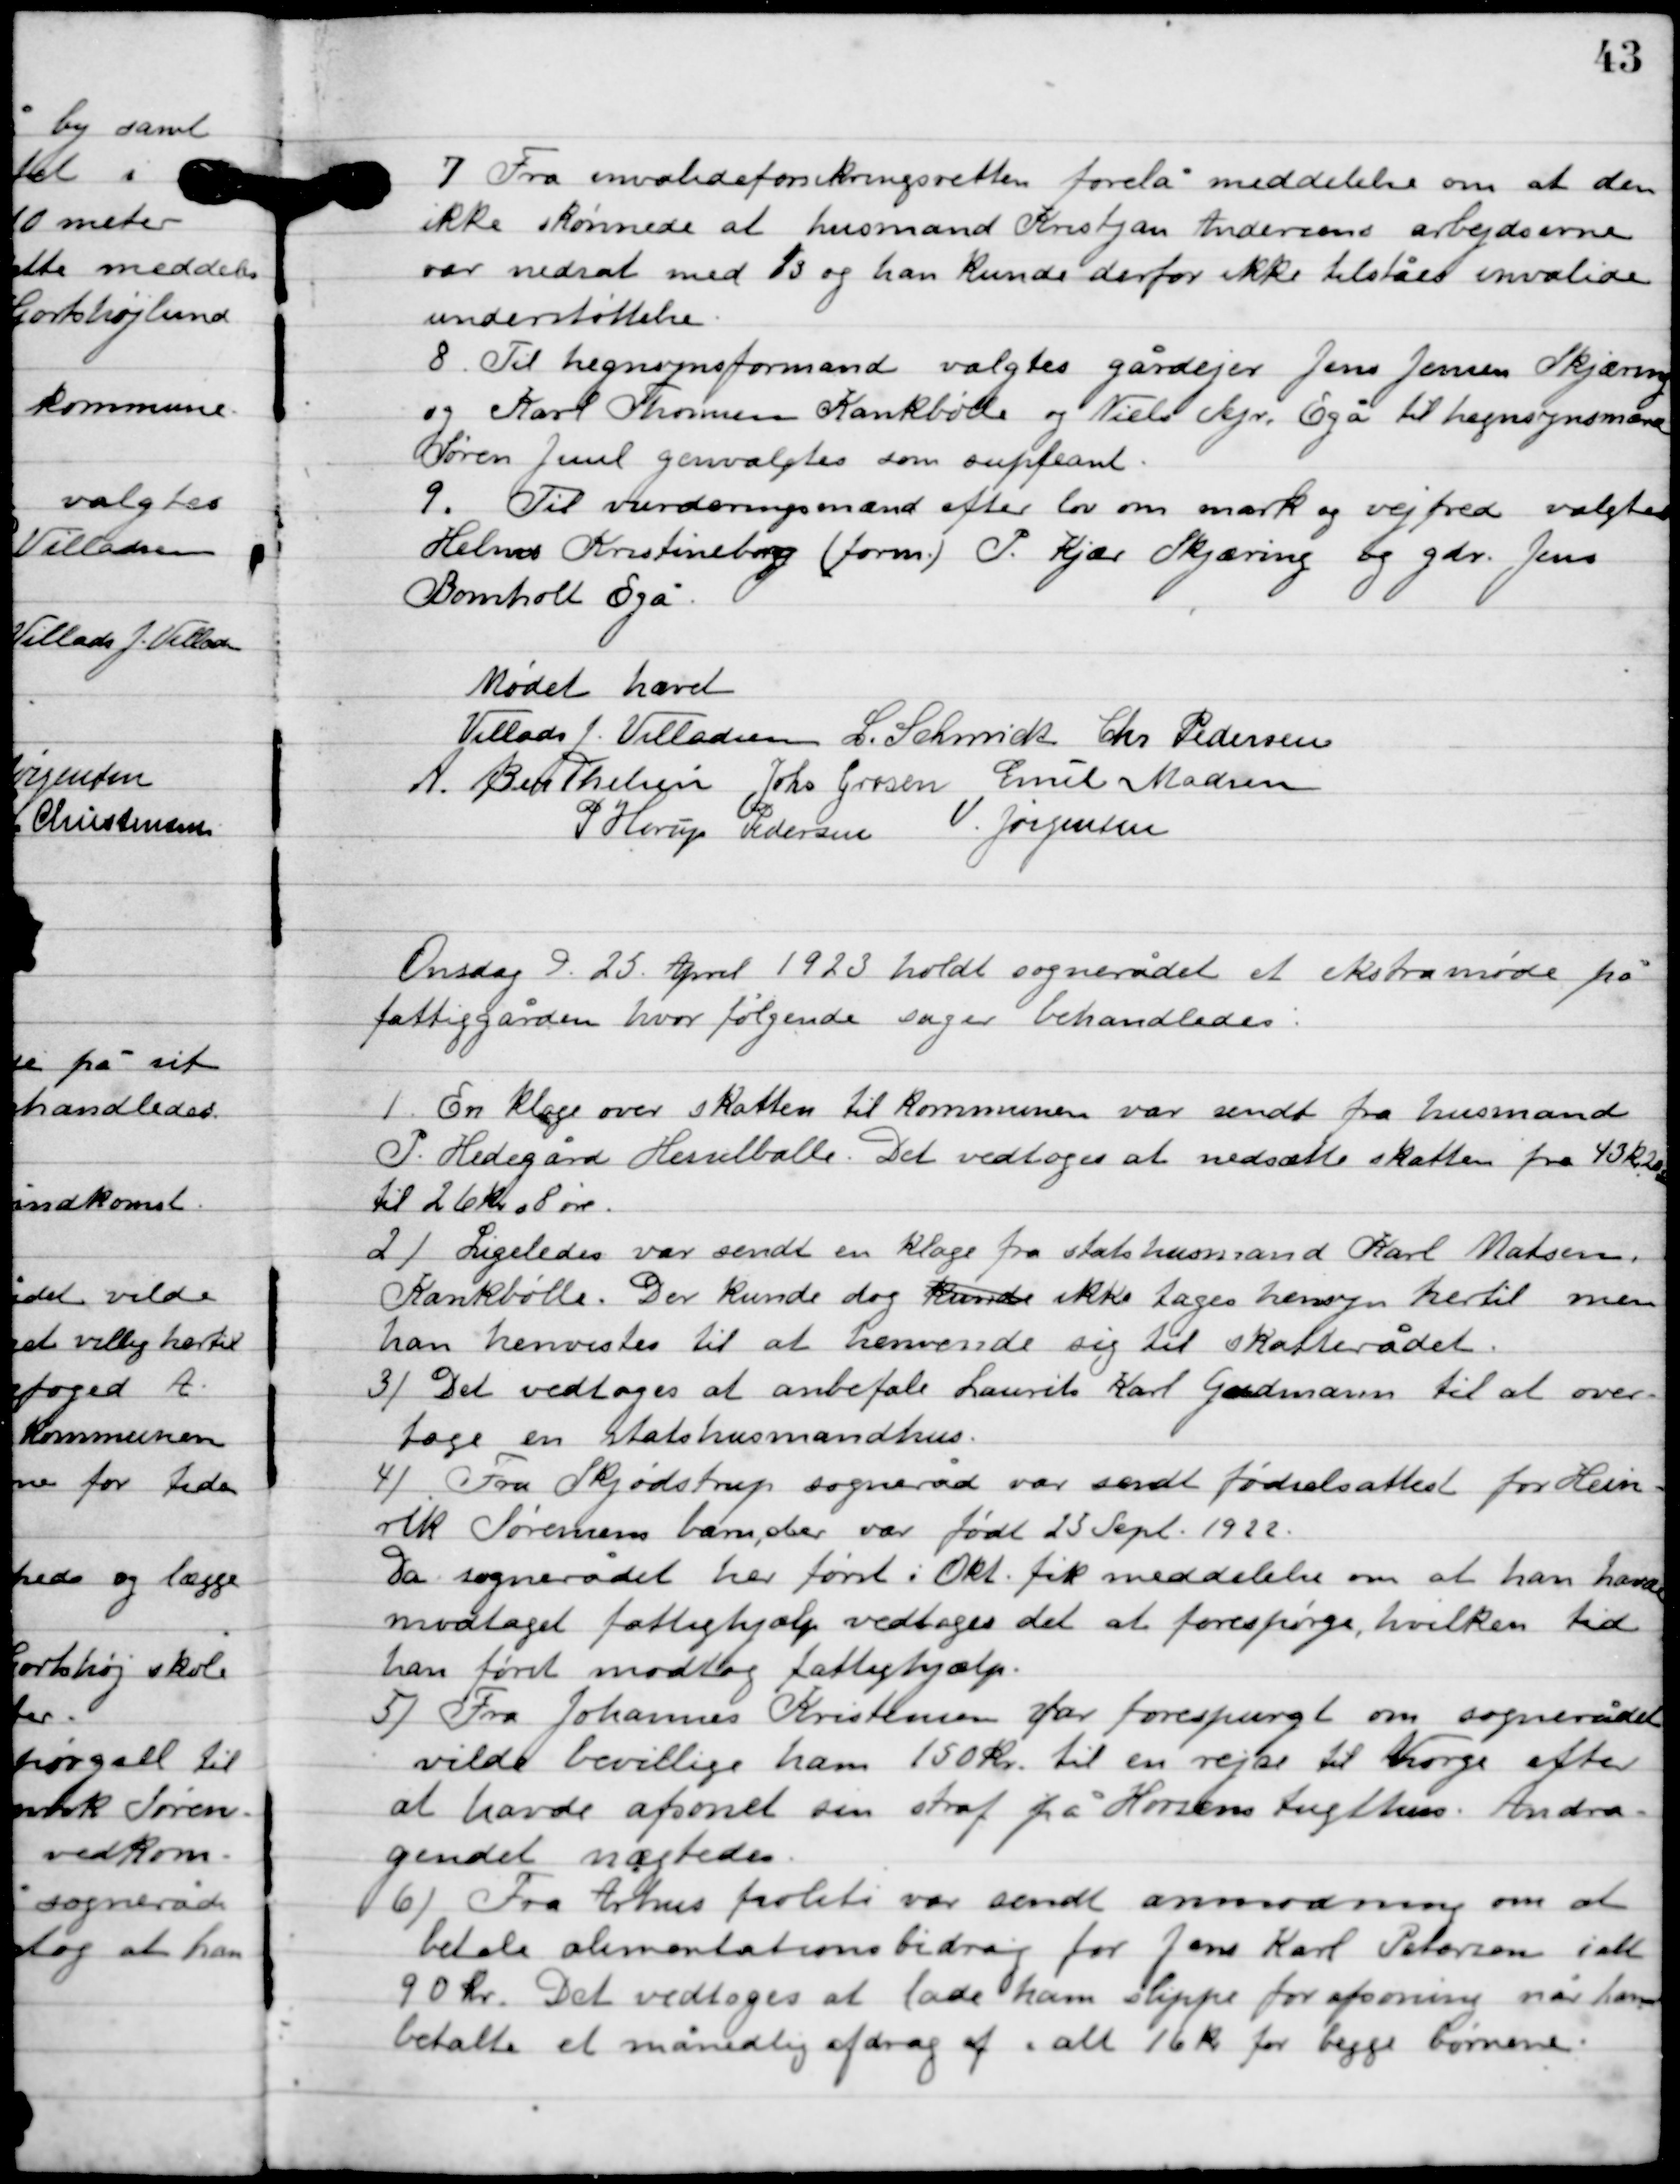
Transskription:
7

Fra invalideforsikring retten forelå meddelelse om at den 
ikke skønnede at husmand Kristjan Andersens arbejdsevne 
var nedsat med ⅓ og han kunde derfor ikke tilstås invalide-
understøttelse.

8

Til hegnsyns formand valgtes gårdejer Jens Jensen Skjæring
og karl Tomsen Krankbølle og Niels Kjr. Egå til hegnsyn mænd
Søren Juul genvalgtes som suppleant.

9

Til vurderingsmænd efter lov om mark og vejfred valgtes
Helms Kristineborg (form.) P. Kjær Skjæring og gdr. Jens
Bomholt Egå

Mødet hævet

Villads J. Villadsen
L. Schmidt
Chr. Pedersen
A. Berthelsen
Johs. Grosen
Emil Madsen
P. Horup Pedersen
V. Jørgensen

Tirsdag D. 25. April 1923 holdt sognerådet et ekstramøde på
fattiggården, hvor følgende sager behandledes:

1

En klage over skatten til Kommunen var sendt fra husmand
P. Hedegård Hesselballe. Det vedtoges at nedsætte skatten fra 43 kr. 20 øre
til 26 kr. 8 øre.

2

Ligeledes var sendt en klage fra statshusmand Karl Madsen,
Krankbølle. Der kunde dog ikke tages hensyn hertil men
han henvistes til at henvende sig til skatterådet.

3

Det vedtoges at anbefale Laurits Karl Gudmann til at over-
tage en statshusmandshus.

4

Fra Skjødstrup sogneråd var sendt fødselsattest for Hein-
rik Sørensens barn, der var født 23 sept. 1922.
Da sognerådet her først i Okt. fik meddelelse om at han havde
modtaget fattighjælp vedtages det at forespørge hvilken tid
han først modtog fattighjælp.

5

Fra Johannes Kristensne far forespurgt om sognerådet
 vilde bevillige han 150 kr. til en rejse til Norge efter
at have afsonet sin straf på Horsens tugthus. Andra-
gendet nægtedes.

6

Fra Århus politi var sendt anmodning om at
betale alimentationsbidrag for Jens Karl Petersen i alt
 90 kr. Det vedtoges at lade ham slippe for afsoning når han
betalte et månelig afdrag af i alt 16 kr. for begge børnene.